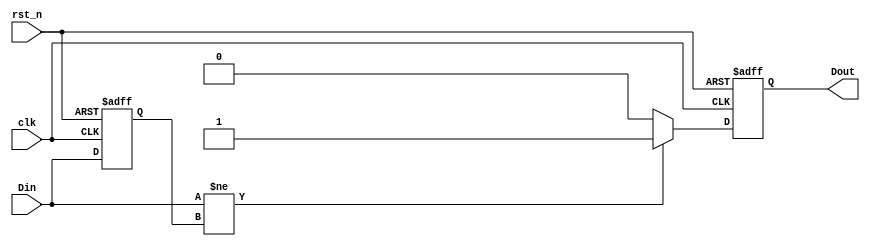
module edge_detector (
    input wire clk,        // Clock signal
    input wire rst_n,     // Active low reset signal
    input wire Din,       // Input signal to be monitored
    output reg Dout       // Output signal indicating edge detection
);

    // Memory block to store the previous state of the input signal
    reg previous_state;

    // Always block for edge detection logic
    always @(posedge clk or negedge rst_n) begin
        if (!rst_n) begin
            // On reset, initialize the previous state and output
            previous_state <= 1'b0;
            Dout <= 1'b0;
        end else begin
            // Compare current input with previous state
            if (Din != previous_state) begin
                // Edge detected
                Dout <= 1'b1; // Set Dout high when an edge is detected
            end else begin
                Dout <= 1'b0; // Set Dout low if no edge is detected
            end
            
            // Update the memory block with the current input state
            previous_state <= Din;
        end
    end

endmodule